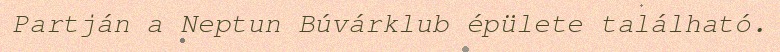
Partján a Neptun Búvárklub épülete található.